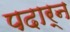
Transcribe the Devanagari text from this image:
पदार्न